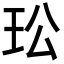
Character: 玜